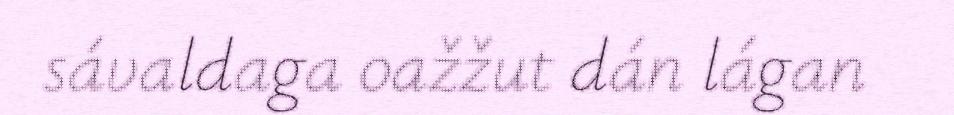
sávaldaga oažžut dán lágan